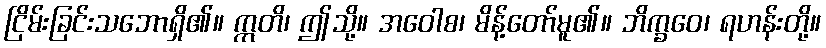
ငြိမ်းခြင်းသဘောရှိ၏။ ဣတိ၊ ဤသို့။ အဝေါစ၊ မိန့်တော်မူ၏။ ဘိက္ခဝေ၊ ရဟန်းတို့။